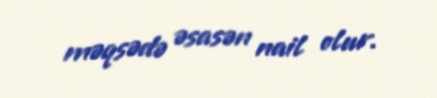
məqsədə əsasən nail olur.